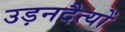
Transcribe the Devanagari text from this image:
उड़नदैत्यों